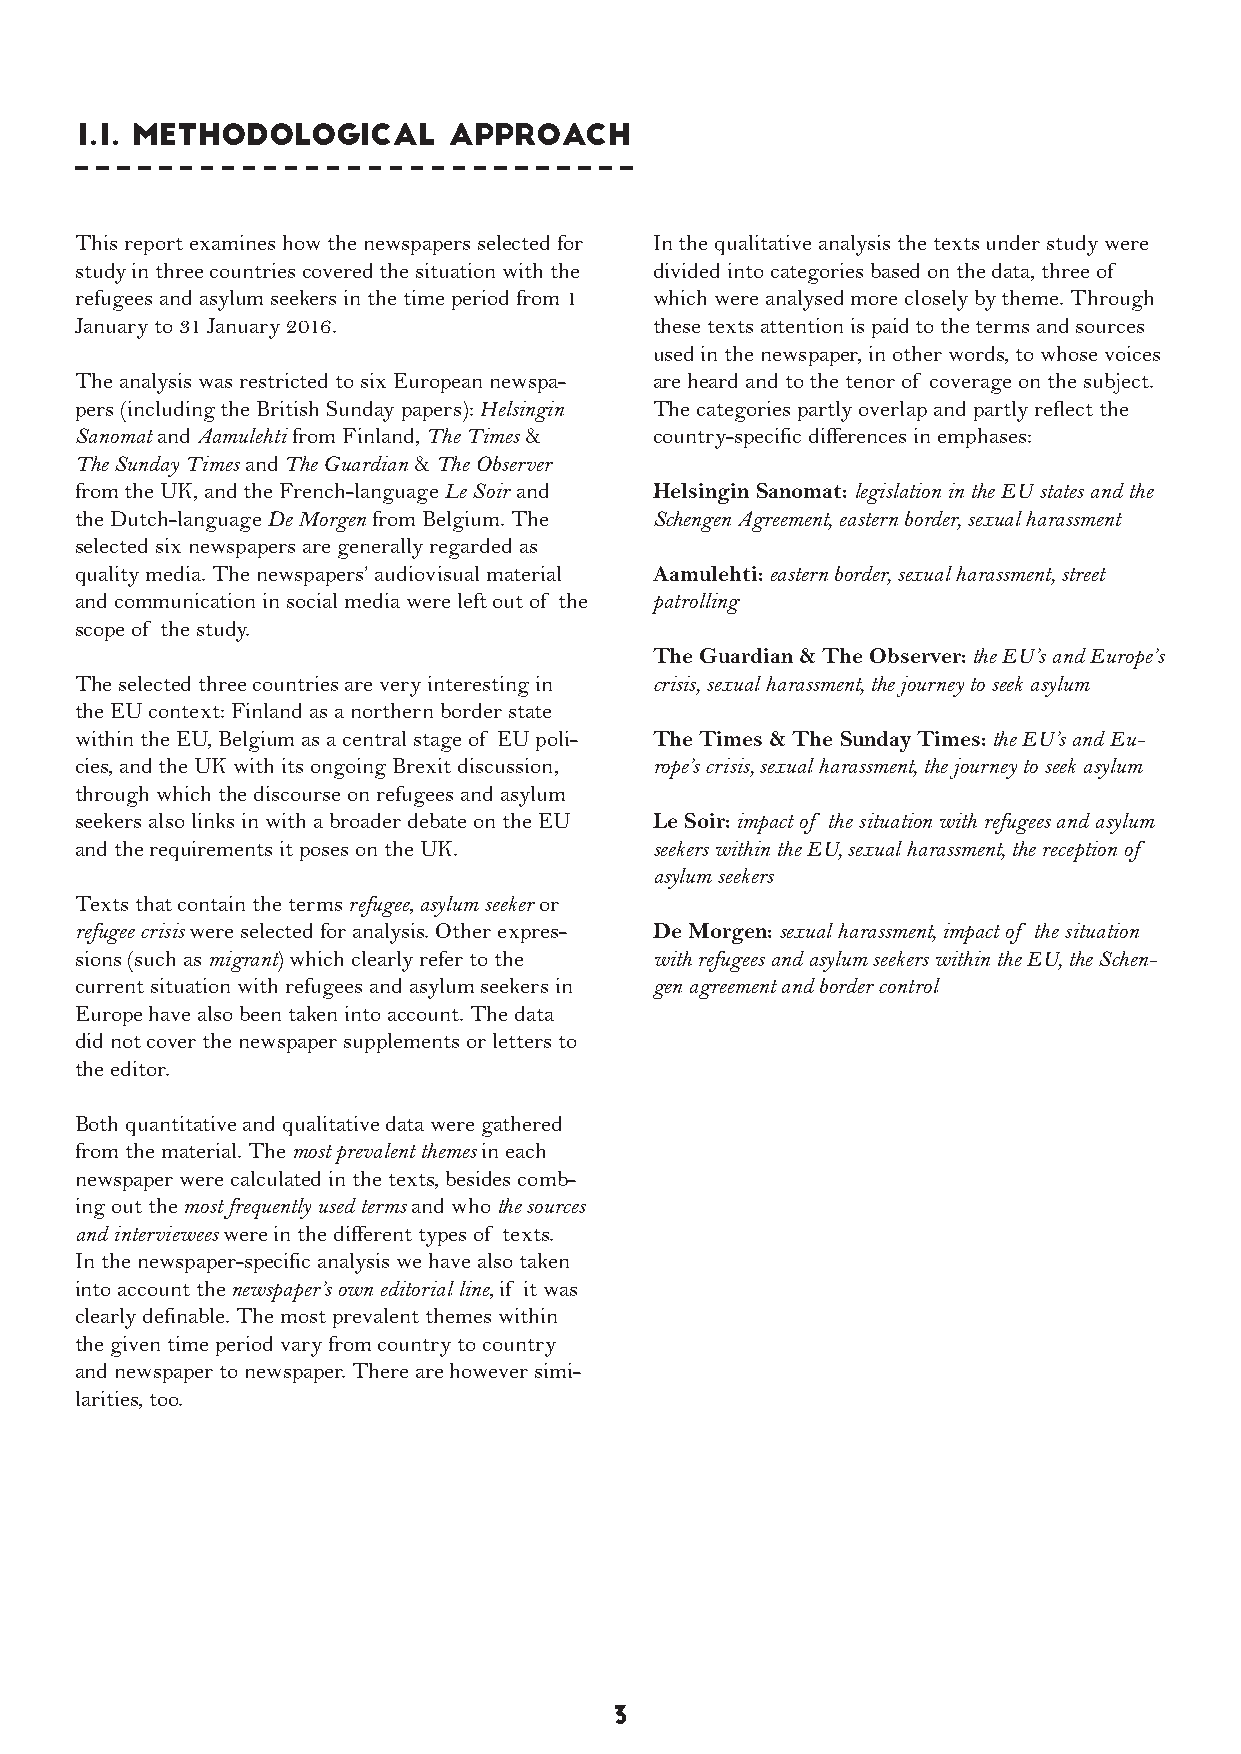
1.1. Methodological      approach
 This report examines how the newspapers selected for In the qualitative analysis the texts under study were
 study in three countries covered the situation with the divided into categories based on the data, three of
 refugees and asylum seekers in the time period from 1 which were analysed more closely by theme. Through
 January to 31 January 2016.           these texts attention is paid to the terms and sources
 used in the newspaper, in other words, to whose voices
 The analysis was restricted to six European newspa- are heard and to the tenor of coverage on the subject.
 pers (including the British Sunday papers): Helsingin The categories partly overlap and partly reflect the
 Sanomat and Aamulehti from Finland, The Times & country-specific differences in emphases:
 The Sunday Times and The Guardian & The Observer
 from the UK, and the French-language Le Soir and Helsingin Sanomat: legislation in the EU states and the
 the Dutch-language De Morgen from Belgium. The Schengen Agreement, eastern border, sexual harassment
 selected six newspapers are generally regarded as
 quality media. The newspapers’ audiovisual material Aamulehti: eastern border, sexual harassment, street
 and communication in social media were left out of the patrolling
 scope of the study.
 The Guardian & The Observer: the EU’s and Europe’s
 The selected three countries are very interesting in crisis, sexual harassment, the journey to seek asylum
 the EU context: Finland as a northern border state
 within the EU, Belgium as a central stage of EU poli- The Times & The Sunday Times: the EU’s and Eu-
 cies, and the UK with its ongoing Brexit discussion, rope’s crisis, sexual harassment, the journey to seek asylum
 through which the discourse on refugees and asylum
 seekers also links in with a broader debate on the EU Le Soir: impact of the situation with refugees and asylum
 and the requirements it poses on the UK. seekers within the EU, sexual harassment, the reception of
 asylum seekers
 Texts that contain the terms refugee, asylum seeker or
 refugee crisis were selected for analysis. Other expres- De Morgen: sexual harassment, impact of the situation
 sions (such as migrant) which clearly refer to the with refugees and asylum seekers within the EU, the Schen-
 current situation with refugees and asylum seekers in gen agreement and border control
 Europe have also been taken into account. The data
 did not cover the newspaper supplements or letters to
 the editor.
 Both quantitative and qualitative data were gathered
 from the material. The most prevalent themes in each
 newspaper were calculated in the texts, besides comb-
 ing out the most frequently used terms and who the sources
 and interviewees were in the different types of texts.
 In the newspaper-specific analysis we have also taken
 into account the newspaper’s own editorial line, if it was
 clearly definable. The most prevalent themes within
 the given time period vary from country to country
 and newspaper to newspaper. There are however simi-
 larities, too.
 3